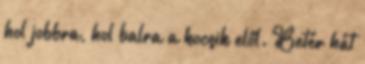
hol jobbra, hol balra a kocsik elől. Betér hát